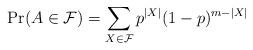
LaTeX: \begin{align*} \Pr(A \in {\mathcal F}) = \sum_{X \in {\mathcal F}} p^{|X|}(1-p)^{m-|X|}\end{align*}